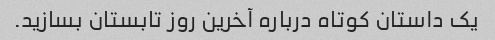
یک داستان کوتاه درباره آخرین روز تابستان بسازید.